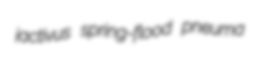
jactivus spring-flood pneuma